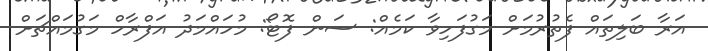
އަރާ ބަލިތައް ފެތުރުމަށް މަގުފަހިވާ ކަމެއް: ސަން ފޮޓޯ: މުހައްމަދު އަފްރާހް މަގުމައްޗަށް